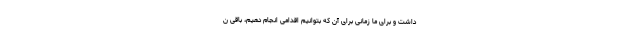
داشت و برای ما زمانی برای آن که بتوانیم اقدامی انجام دهیم، باقی ن